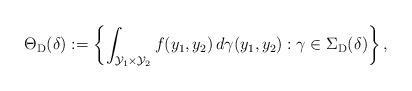
LaTeX: \begin{align*}\Theta_{\mathrm{D}}(\delta) := \left\{ \int_{\mathcal{Y}_1 \times \mathcal{Y}_2 } f(y_1, y_2) \, d \gamma(y_1 ,y_2) : \gamma \in \Sigma_{\mathrm{D} }(\delta) \right\},\end{align*}